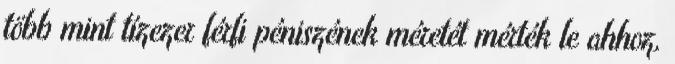
több mint tízezer férfi péniszének méretét mérték le ahhoz,